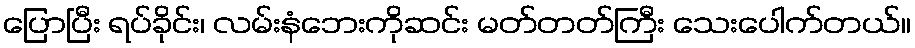
ပြောပြီး ရပ်ခိုင်း၊ လမ်းနံဘေးကိုဆင်း မတ်တတ်ကြီး သေးပေါက်တယ်။